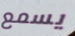
يسمع